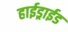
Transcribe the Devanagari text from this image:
हाईड्राईड